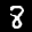
Label: 8